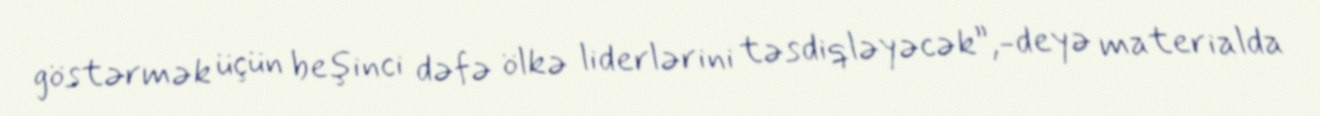
göstərmək üçün beşinci dəfə ölkə liderlərini təsdiqləyəcək”,-deyə materialda